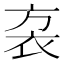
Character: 𧘩